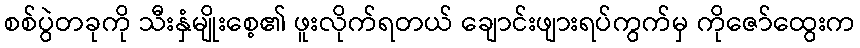
စစ်ပွဲတခုကို သီးနှံမျိုးစေ့၏ ဖူးလိုက်ရတယ် ချောင်းဖျားရပ်ကွက်မှ ကိုဇော်ထွေးက